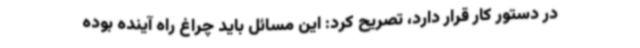
در دستور کار قرار دارد، تصریح کرد: این مسائل باید چراغ راه آینده بوده